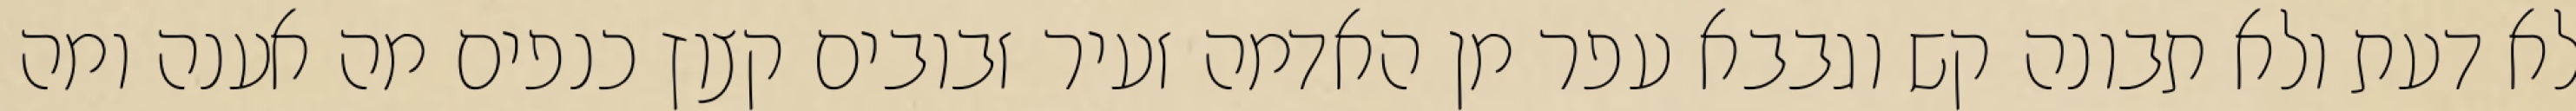
לא דעת ולא תבונה קש וגבבא עפר מן האדמה זעיר זבובים קצוץ כנפים מה אענה ומה